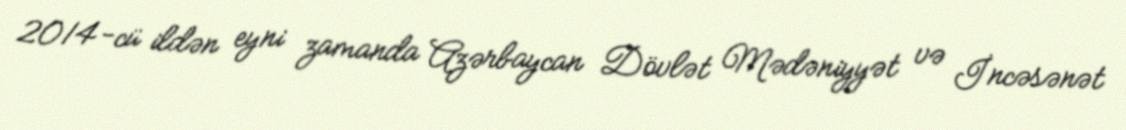
2014-cü ildən eyni zamanda Azərbaycan Dövlət Mədəniyyət və İncəsənət